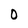
Character: O